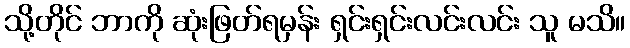
သို့တိုင် ဘာကို ဆုံးဖြတ်ရမှန်း ရှင်းရှင်းလင်းလင်း သူ မသိ။